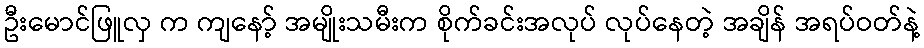
ဦးမောင်ဖြူလှ က ကျနော့် အမျိုးသမီးက စိုက်ခင်းအလုပ် လုပ်နေတဲ့ အချိန် အရပ်ဝတ်နဲ့